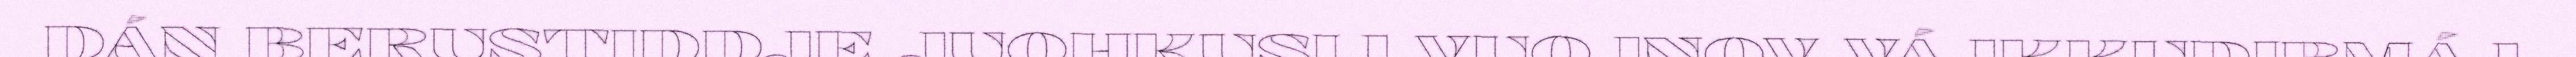
DÁN BERUSTIDDJE JUOHKUSIJ VUOJNOV VÁJKKUDIBMÁJ